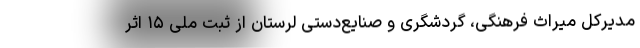
مدیرکل میراث فرهنگی، گردشگری و صنایع‌دستی لرستان از ثبت ملی ۱۵ اثر